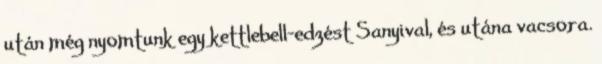
után még nyomtunk egy kettlebell-edzést Sanyival, és utána vacsora.